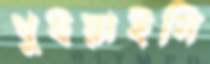
থুইয়াইসি